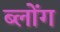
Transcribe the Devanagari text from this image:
ब्लोंग